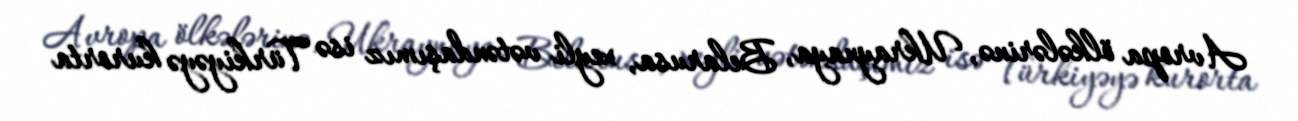
Avropa ölkələrinə, Ukraynaya, Belarusa, xeyli vətəndaşımız isə Türkiyəyə kurorta